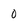
Character: 0